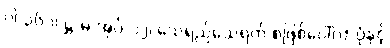
ပါ-၃၆၁၊ ဋ္ဌ-မ-အုပ်-၁၂၊ သေရည်သေရက် စဖြစ်ပေါ်လာပုံနှင့်